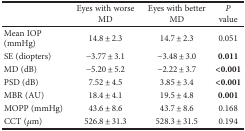
<table><thead><tr><td></td><td><b>Eyes with worse MD</b></td><td><b>Eyes with better MD</b></td><td><b><i>P</i> value</b></td></tr></thead><tbody><tr><td>Mean IOP (mmHg)</td><td>14.8 ± 2.3</td><td>14.7 ± 2.3</td><td>0.051</td></tr><tr><td>SE (diopters)</td><td>−3.77 ± 3.1</td><td>−3.48 ± 3.0</td><td><b>0.011</b></td></tr><tr><td>MD (dB)</td><td>−5.20 ± 5.2</td><td>−2.22 ± 3.7</td><td><b>&lt;0.001</b></td></tr><tr><td>PSD (dB)</td><td>7.52 ± 4.5</td><td>3.85 ± 3.4</td><td><b>&lt;0.001</b></td></tr><tr><td>MBR (AU)</td><td>18.4 ± 4.1</td><td>19.5 ± 4.8</td><td><b>0.001</b></td></tr><tr><td>MOPP (mmHg)</td><td>43.6 ± 8.6</td><td>43.7 ± 8.6</td><td>0.168</td></tr><tr><td>CCT (<i>μ</i>m)</td><td>526.8 ± 31.3</td><td>528.3 ± 31.5</td><td>0.194</td></tr></tbody></table>